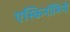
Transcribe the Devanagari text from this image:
एस्किनॉमिनी